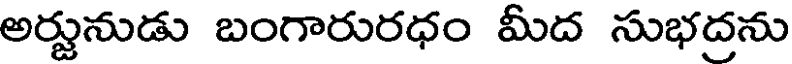
అర్జునుడు బంగారురధం మీద సుభద్రను